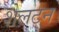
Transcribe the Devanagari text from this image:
शेलटन